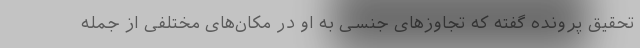
تحقیق پرونده گفته که تجاوزهای جنسی به او در مکان‌های مختلفی از جمله